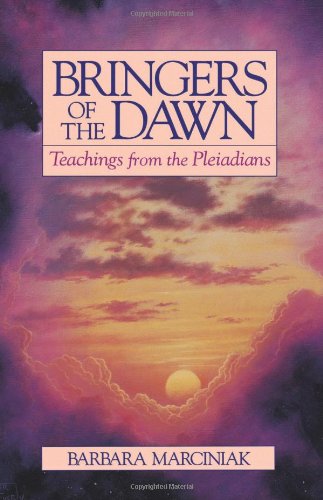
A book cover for Bringers of the Dawn: Teachings from the Pleiadians; Barbara Marciniak; Religion & Spirituality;